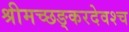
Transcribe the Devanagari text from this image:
श्रीमच्छङ्करदेवश्च